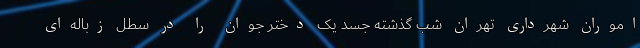
اموران شهرداری تهران شب گذشته جسد یک دختر جوان را در سطل زباله‌ای